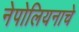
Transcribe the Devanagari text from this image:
नेपोलियनाचे